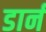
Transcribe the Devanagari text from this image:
डार्न